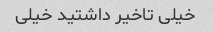
خیلی تاخیر داشتید خیلی